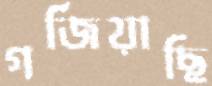
গর্জিয়াছি